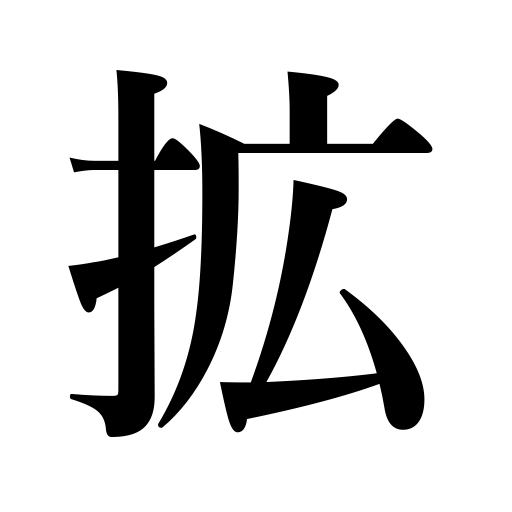
Meanings: widen,stretch,open arms or a package,enlarge,expand,spread,unfurl